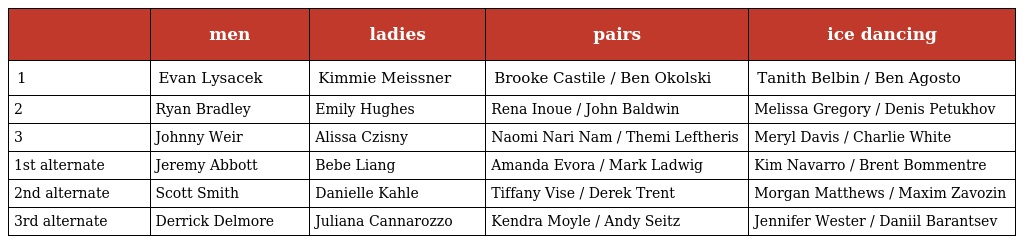
|  | men | ladies | pairs | ice dancing |
 | --- | --- | --- | --- | --- |
 | 1 | Evan Lysacek | Kimmie Meissner | Brooke Castile / Ben Okolski | Tanith Belbin / Ben Agosto |
 | 2 | Ryan Bradley | Emily Hughes | Rena Inoue / John Baldwin | Melissa Gregory / Denis Petukhov |
 | 3 | Johnny Weir | Alissa Czisny | Naomi Nari Nam / Themi Leftheris | Meryl Davis / Charlie White |
 | 1st alternate | Jeremy Abbott | Bebe Liang | Amanda Evora / Mark Ladwig | Kim Navarro / Brent Bommentre |
 | 2nd alternate | Scott Smith | Danielle Kahle | Tiffany Vise / Derek Trent | Morgan Matthews / Maxim Zavozin |
 | 3rd alternate | Derrick Delmore | Juliana Cannarozzo | Kendra Moyle / Andy Seitz | Jennifer Wester / Daniil Barantsev |